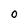
Character: O